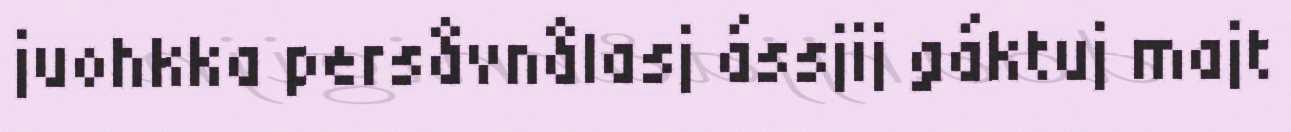
juohkka persåvnålasj ássjij gáktuj majt